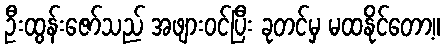
ဦးထွန်းဇော်သည် အဖျားဝင်ပြီး ခုတင်မှ မထနိုင်တော့။